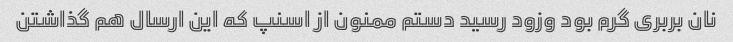
نان بربری گرم بود وزود رسید دستم ممنون از اسنپ که این ارسال هم گذاشتن